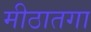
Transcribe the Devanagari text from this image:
मीठातगा